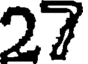
27